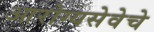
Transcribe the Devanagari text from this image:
आरोग्यसेवेचे